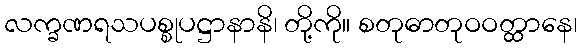
လက္ခဏရသပစ္စုပဋ္ဌာနာနိ၊ တို့ကို။ စတုဓာတုဝဝတ္ထာနေ၊